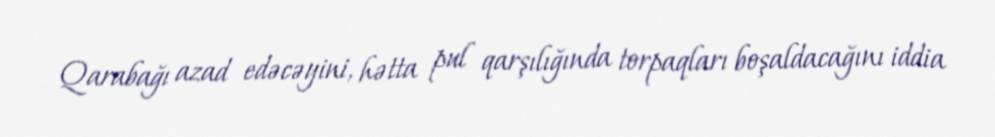
Qarabağı azad edəcəyini, hətta pul qarşılığında torpaqları boşaldacağını iddia